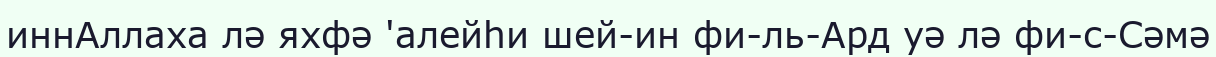
иннАллаха лә яхфә 'алейһи шей-ин фи-ль-Ард уә лә фи-с-Сәмә